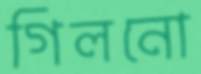
গিলনো